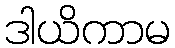
ဒါယိကာမ